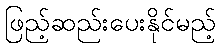
ဖြည့်ဆည်းပေးနိုင်မည့်